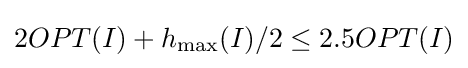
2OPT(I)+h_{\max }(I)/2\leq 2.5OPT(I)